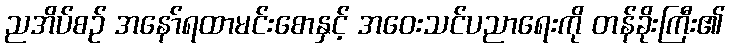
ညအိပ်စဉ် အနော်ရထာမင်းစောနှင့် အဝေးသင်ပညာရေးကို တန်ခိုးကြီး၏